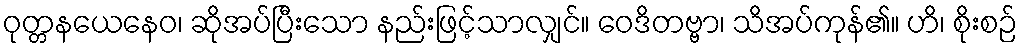
ဝုတ္တနယေနေဝ၊ ဆိုအပ်ပြီးသော နည်းဖြင့်သာလျှင်။ ဝေဒိတဗ္ဗာ၊ သိအပ်ကုန်၏။ ဟိ၊ စိုးစဉ်